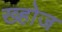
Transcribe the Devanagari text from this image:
ख्होज